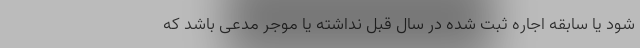
شود یا سابقه اجاره ثبت شده در سال قبل نداشته یا موجر مدعی باشد که